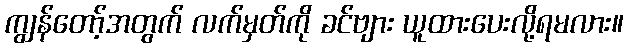
ကျွန်တော့်အတွက် လက်မှတ်ကို ခင်ဗျား ယူထားပေးလို့ရမလား။